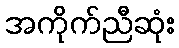
အကိုက်ညီဆုံး